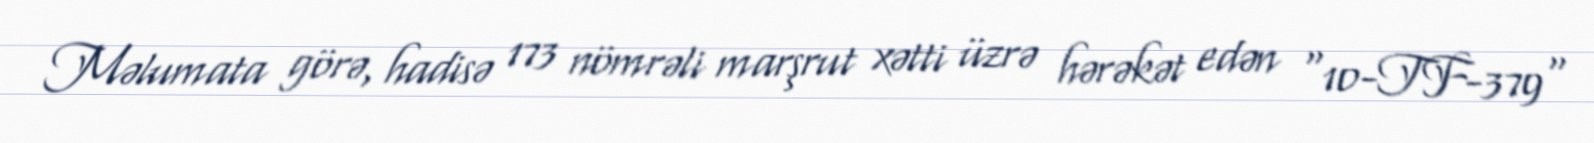
Məlumata görə, hadisə 173 nömrəli marşrut xətti üzrə hərəkət edən "10-TF-379"